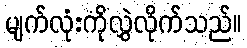
မျက်လုံးကိုလွှဲလိုက်သည်။